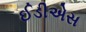
ઈડીએસ